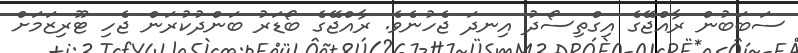
ސަބަބުން ރާއްޖޭގެ އިގްތިސޯދު އިނދަ ޖެހުނެވެ. ރާއްޖޭގެ ބޯޑަރު ބަންދުކުރަން ޖެހި ޓޫރިޒަމަށް